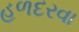
હળદરવા